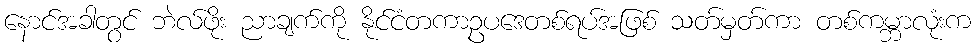
နောင်အခါတွင် ဘဲလ်ဖိုး ညာချက်ကို နိုင်ငံတကာဥပဒေတစ်ရပ်အဖြစ် သတ်မှတ်ကာ တစ်ကမ္ဘာလုံးက